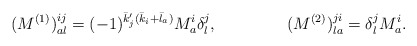
\begin{align*} &(M^{(1)})^{ij}_{al}=(-1)^{\bar k'_j(\bar k_i+\bar l_a)}M^i_a\delta^j_l, &&(M^{(2)})^{ji}_{la}=\delta^j_lM^i_a.\end{align*}